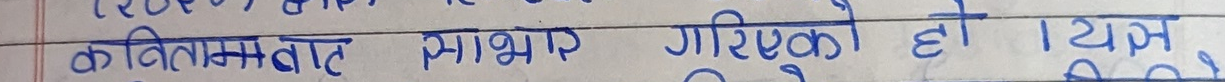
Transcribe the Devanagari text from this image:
कविताबाट मात्र गरिएको हो। त्यस